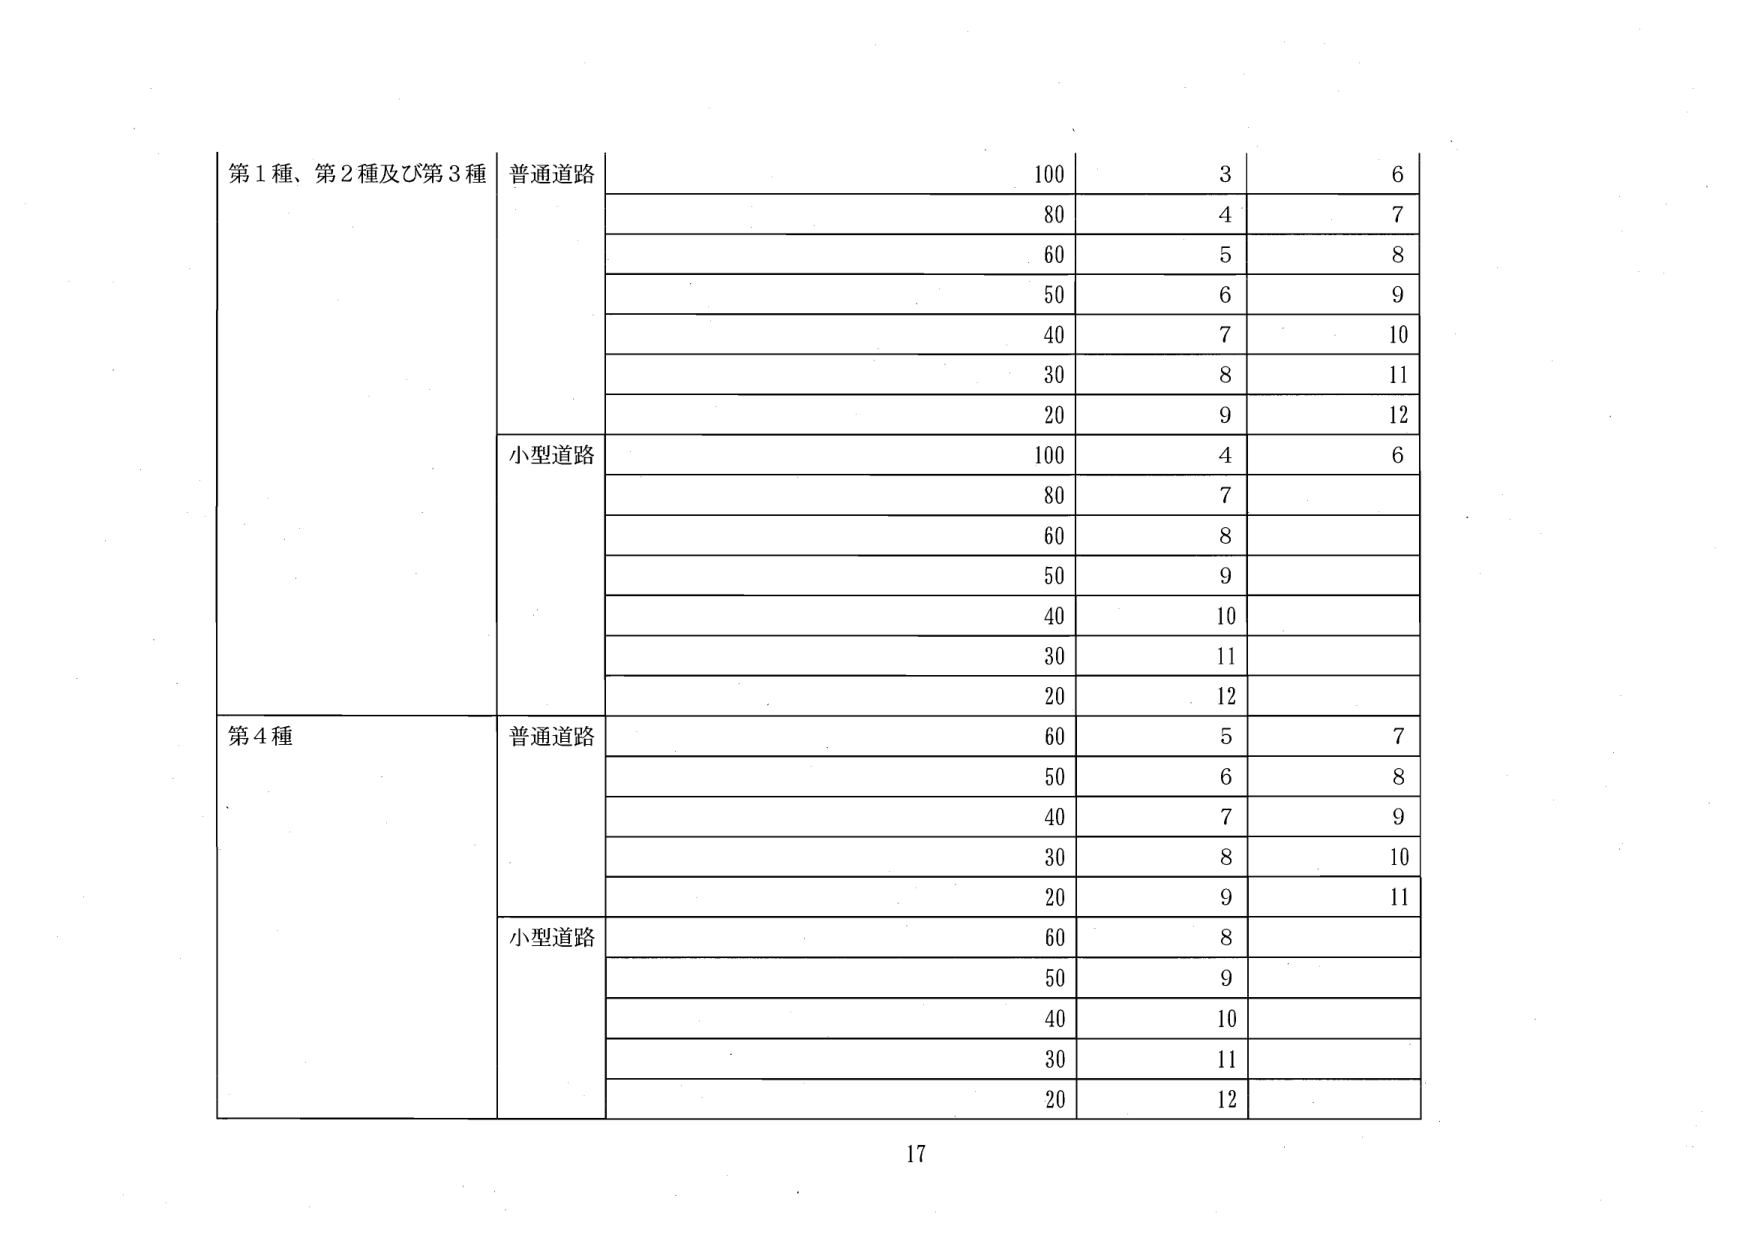
第1種、第2種及び第3種 普通道路 100 3 6
80 4 7
60 5 8
50 6 9
40 7 10
30 8 11
20 9 12
小型道路 100 4 6
80 7
60 8
50 9
40 10
30 11
20 12
第4種 普通道路 60 5 7
50 6 8
40 7 9
30 8 10
20 9 11
小型道路 60 8
50 9
40 10
30 11
20 12
17